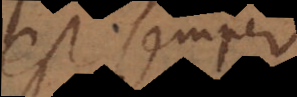
est semper